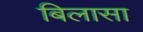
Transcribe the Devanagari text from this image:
बिलासा